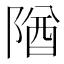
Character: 𨺧